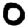
Digit: 0